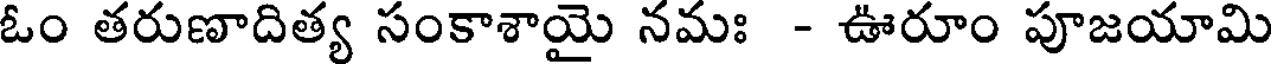
ఓం తరుణాదిత్య సంకాశాయై నమః - ఊరూం పూజయామి